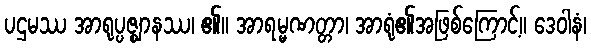
ပဌမဿ အာရုပ္ပဇ္ဈာနဿ၊ ၏။ အာရမ္မဏတ္တာ၊ အာရုံ၏အဖြစ်ကြောင့်။ ဒေဝါနံ၊